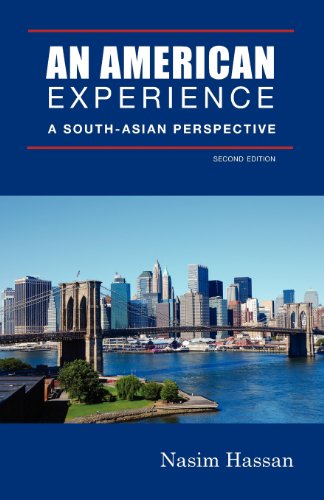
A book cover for An American Experience: A South-Asian Perspective; Nasim Hassan; Biographies & Memoirs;